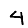
Digit: 4